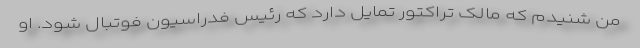
من شنیدم که مالک تراکتور تمایل دارد که رئیس فدراسیون فوتبال شود. او